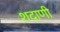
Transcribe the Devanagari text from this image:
शदाणी